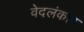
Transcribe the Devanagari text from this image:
वेदलंकार